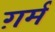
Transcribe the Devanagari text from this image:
ग़र्म